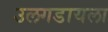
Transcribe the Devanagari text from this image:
उलगडायला